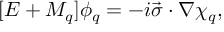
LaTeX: [ E + M _ { q } ] \phi _ { q } = - i \vec { \sigma } \cdot \nabla \chi _ { q } ,